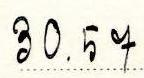
30.57